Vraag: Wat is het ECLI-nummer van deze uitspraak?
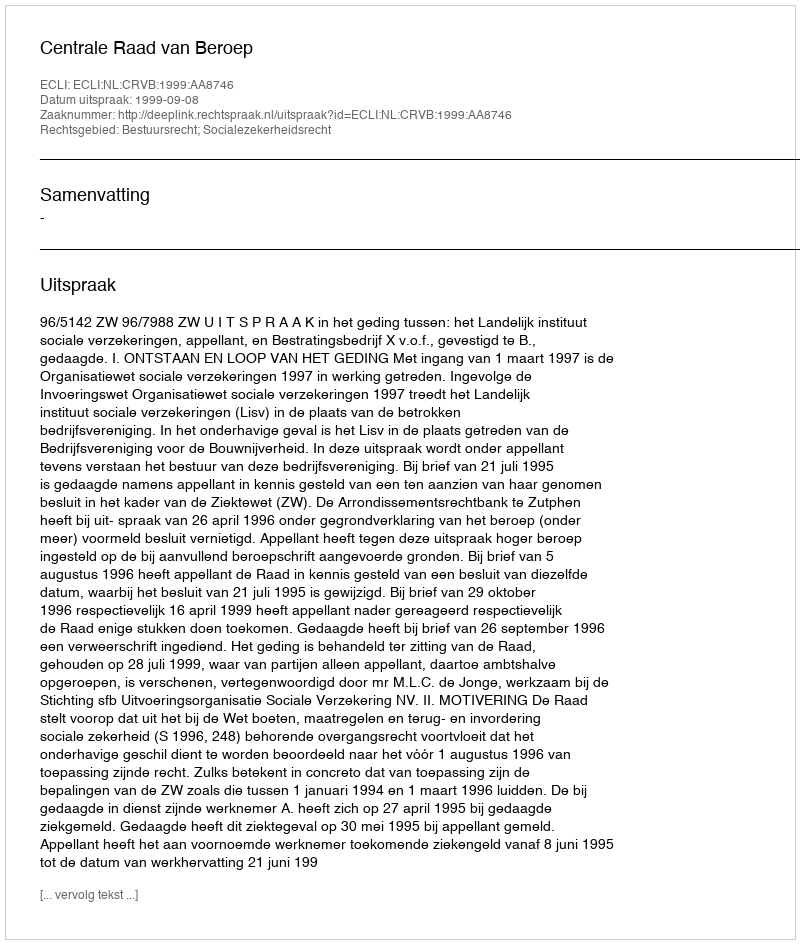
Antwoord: ECLI:NL:CRVB:1999:AA8746